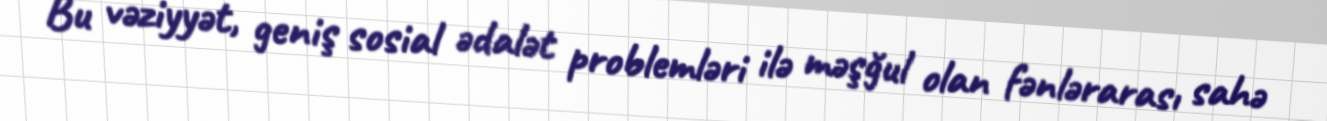
Bu vəziyyət, geniş sosial ədalət problemləri ilə məşğul olan fənlərarası sahə